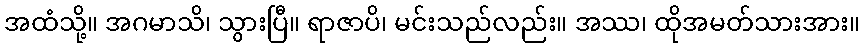
အထံသို့။ အဂမာသိ၊ သွားပြီ။ ရာဇာပိ၊ မင်းသည်လည်း။ အဿ၊ ထိုအမတ်သားအား။